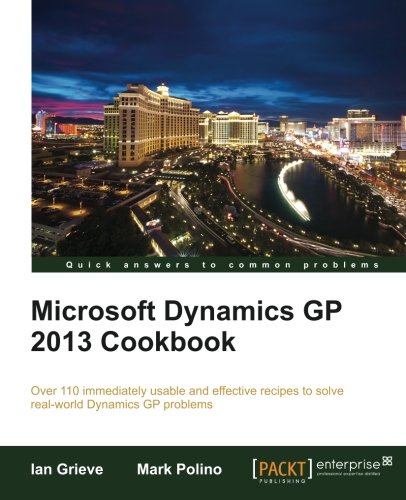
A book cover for Microsoft Dynamics GP 2013 Cookbook; Ian Grieve; Computers & Technology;